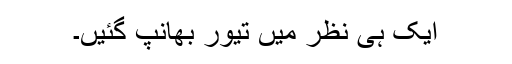
ایک ہی نظر میں تیور بھانپ گئیں۔